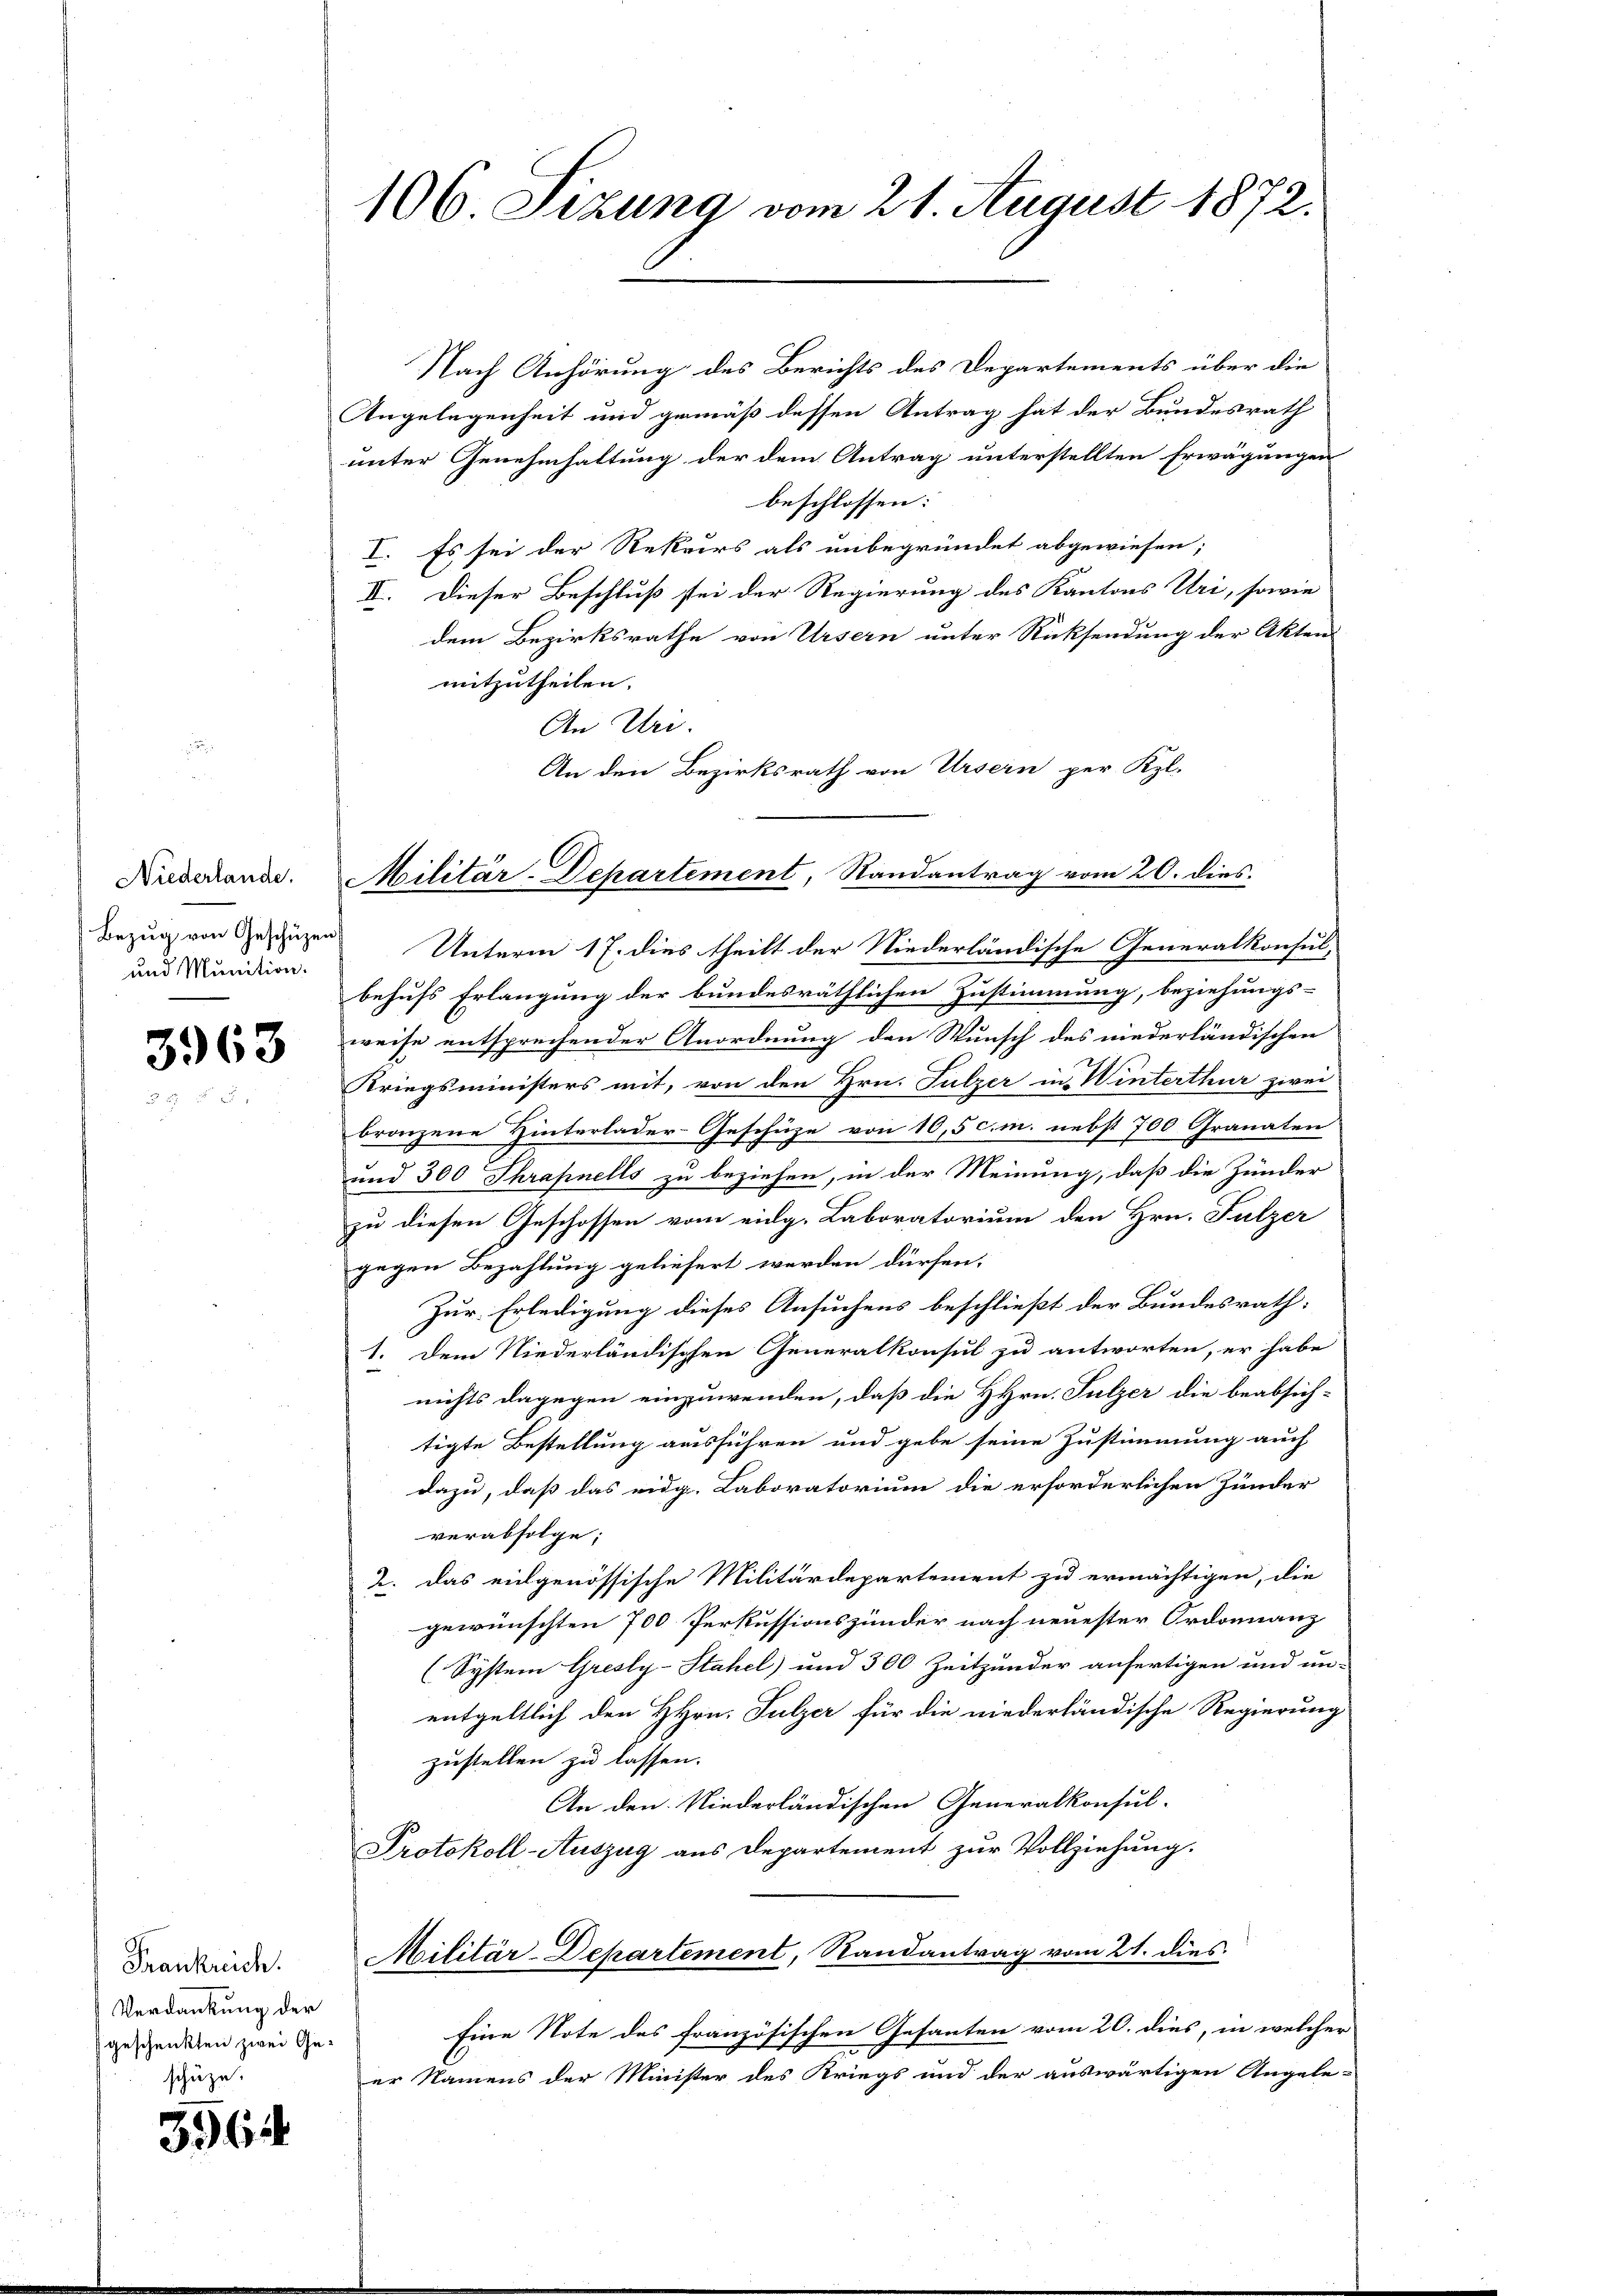
Niederlande.
Bezug von Geschützen.
und Munition.

3963

Frankreich.
Verdankung der
geschenkten zwei Geschüze.

356

106 Sizung vom 21. August 1872.

Nach Anhörung des Berichts des Departements über die
Angelegenheit und gemäß dessen Antrag hat der Bundesrath
unter Genehmhaltung der dem Antrag unterstellten Erwägungen
beschlossen:
I. Es sei der Rekurs als unbegründet abgewiesen;
II. Dieser Beschluß stei der Regierung des Kantons Uri, sowie
dem Bezirksrathe von Ursern unter Rücksendung der Akten
mitzutheilen.
An Uri.
An den Bezirksrath von Ursern per Kgl.
Unterm 17. dies theilt der Niederländische Generalkonsul-
behufs Erlangung der bundesräthlichen Zustimmung, beziehungs-
weise entsprechender Anordnung den Wunsch des niederländischen
Kriegsministers mit, von den Hrn. Sulzer in Winterthur zwei
bronzene Hinterlader-Geschüze von 10,5 cm. nebst 700 Granaten
und 300 Thrapnells zu beziehen, in der Meinung, daß die Zünder
zu diesen Geschossen vom eidg. Laboratorium den Hrn. Fulzer
gegen Bezahlung geliefert werden dürfen.
Zur Erledigung dieses Ansuchens beschließt der Bundesrath:
1. Dem Niederländischen Generalkonsul zu antworten, er habe
nichts dagegen einzuwenden, daß die HHrn. Sulzer die beabsich-
tigte Bestellung ausführen und gebe seine Zustimmung auch
dazu, daß das eidg. Laboratorium die erforderlichen Hunder
verabfolge;
2. das eidgenössische Militärdepartement zu ermächtigen, die
gewünschten 700 Perkussionszinder nach neuester Ordonnanz
(Systern Gresly-Stahel) und 300 Zeitunder anfertigen und un-
entgeltlich den HHrn. Sulzer für die niederländische Regierung
zustellen zu lassen.
An den Niederländischen Generalkonsul-
Protokoll-Auszug aus Departement zur Vollziehung.
Militär-Departement, Randantrag vom 21. dies
Eine Note des französischen Gesanten vom 20. dies, in welcher
er Namens der Minister des Kriegs und der auswärtigen Angele-

Militär-Departement, Randantrag vom 20. dies